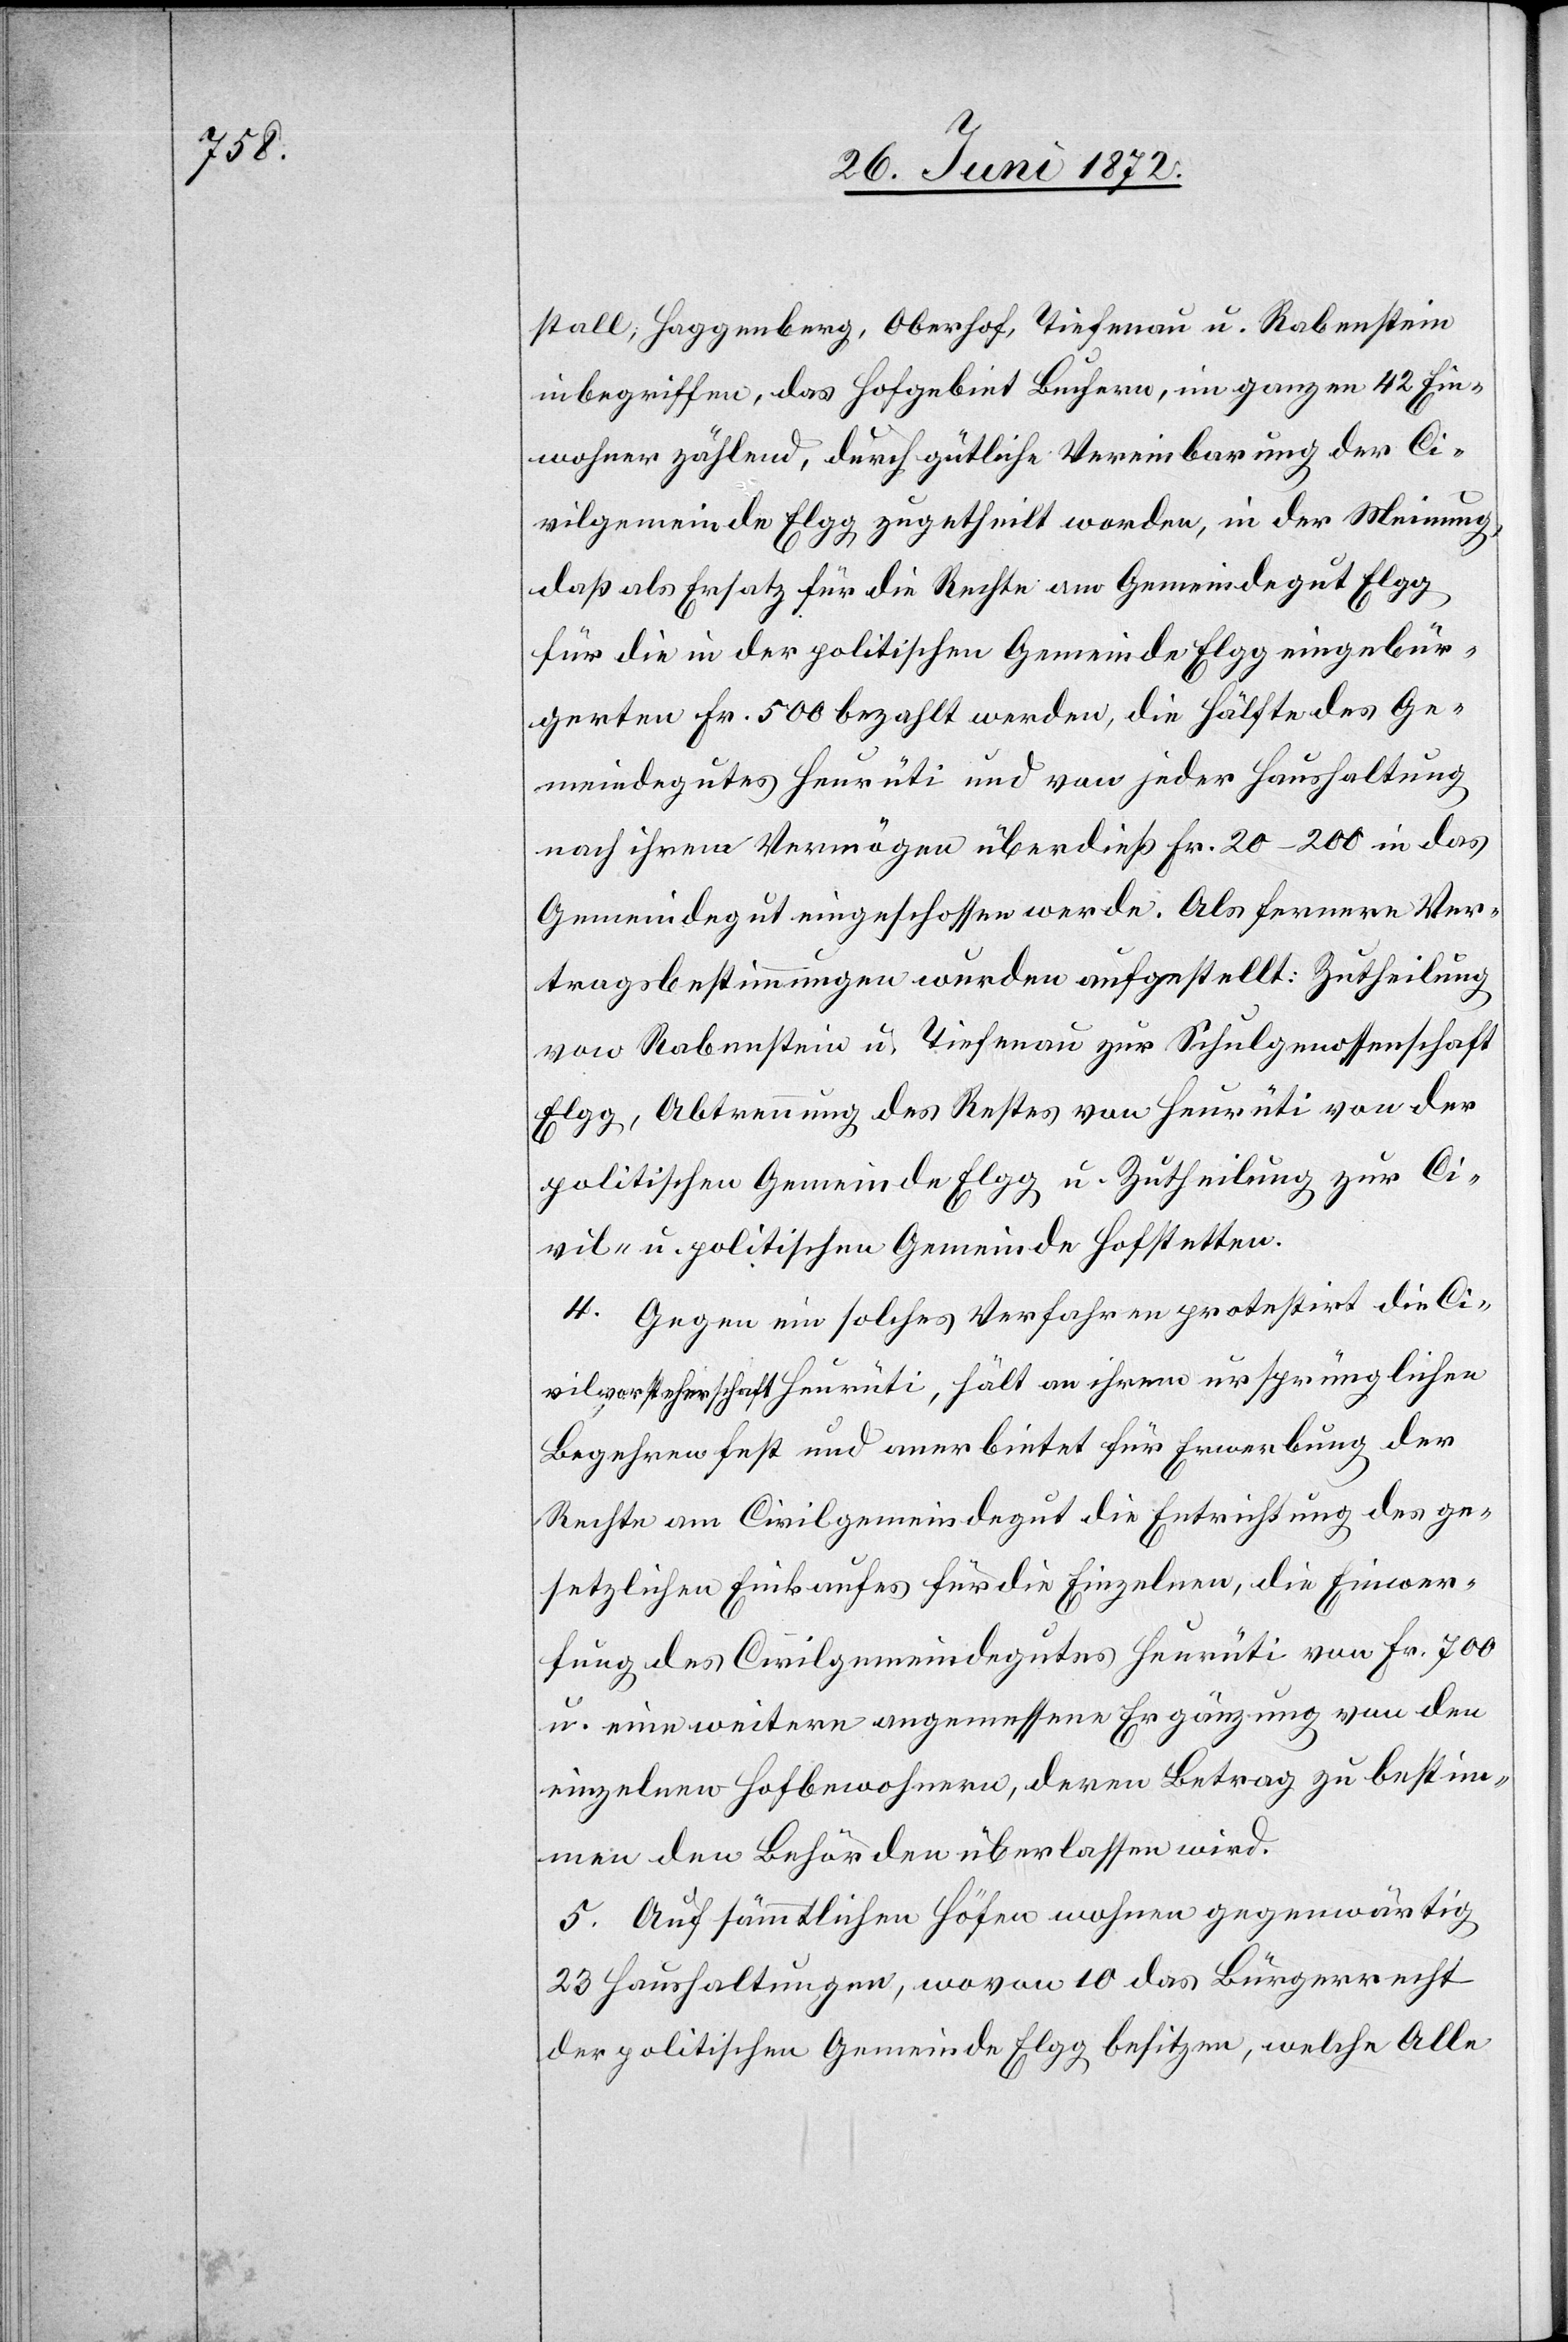
stall, Haggenberg, Oberhof, Tiefenau u. Rabenstein
inbegriffen, das Hofgebiet Buchern, im ganzen 42 Ein¬
wohner zählend, durch gütliche Vereinbarung der Ci¬
vilgemeinde Elgg zugetheilt worden, in der Meinung,
daß als Ersatz für die Rechte am Gemeindegut Elgg
für die in der politischen Gemeinde Elgg eingebür¬
gerten Fr. 500 bezahlt werden, die Hälfte des Ge¬
meindegutes Heurüti und von jeder Haushaltung
nach ihrem Vermögen überdieß Fr. 20–200 in das
Gemeindegut eingeschossen werde. Als fernere Ver¬
tragsbestimmungen wurden aufgestellt: Zutheilung
von Rabenstein u. Tiefenau zur Schulgenossenschaft
Elgg, Abtrennung des Restes von Heurüti von der
politischen Gemeinde Elgg u. Zutheilung zur Ci¬
vil- u. politischen Gemeinde Hofstetten.
4. Gegen ein solches Verfahren protestirt die Ci¬
vilvorsteherschaft Heurüti, hält an ihrem ursprünglichen
Begehren fest und anerbietet für Erwerbung der
Rechte am Civilgemeindegut die Entrichtung des ge¬
setzlichen Einkaufes für die Einzelnen, die Einwer¬
fung des Civilgemeindegutes Heurüti von Fr. 700
u. eine weitere angemessene Ergänzung von den
einzelnen Hofbewohnern, deren Betrag zu bestim¬
men den Behörden überlassen wird.
5. Auf sämmtlichen Höfen wohnen gegenwärtig
23 Haushaltungen, wovon 10 das Bürgerrecht
der politischen Gemeinde Elgg besitzen, welche Alle